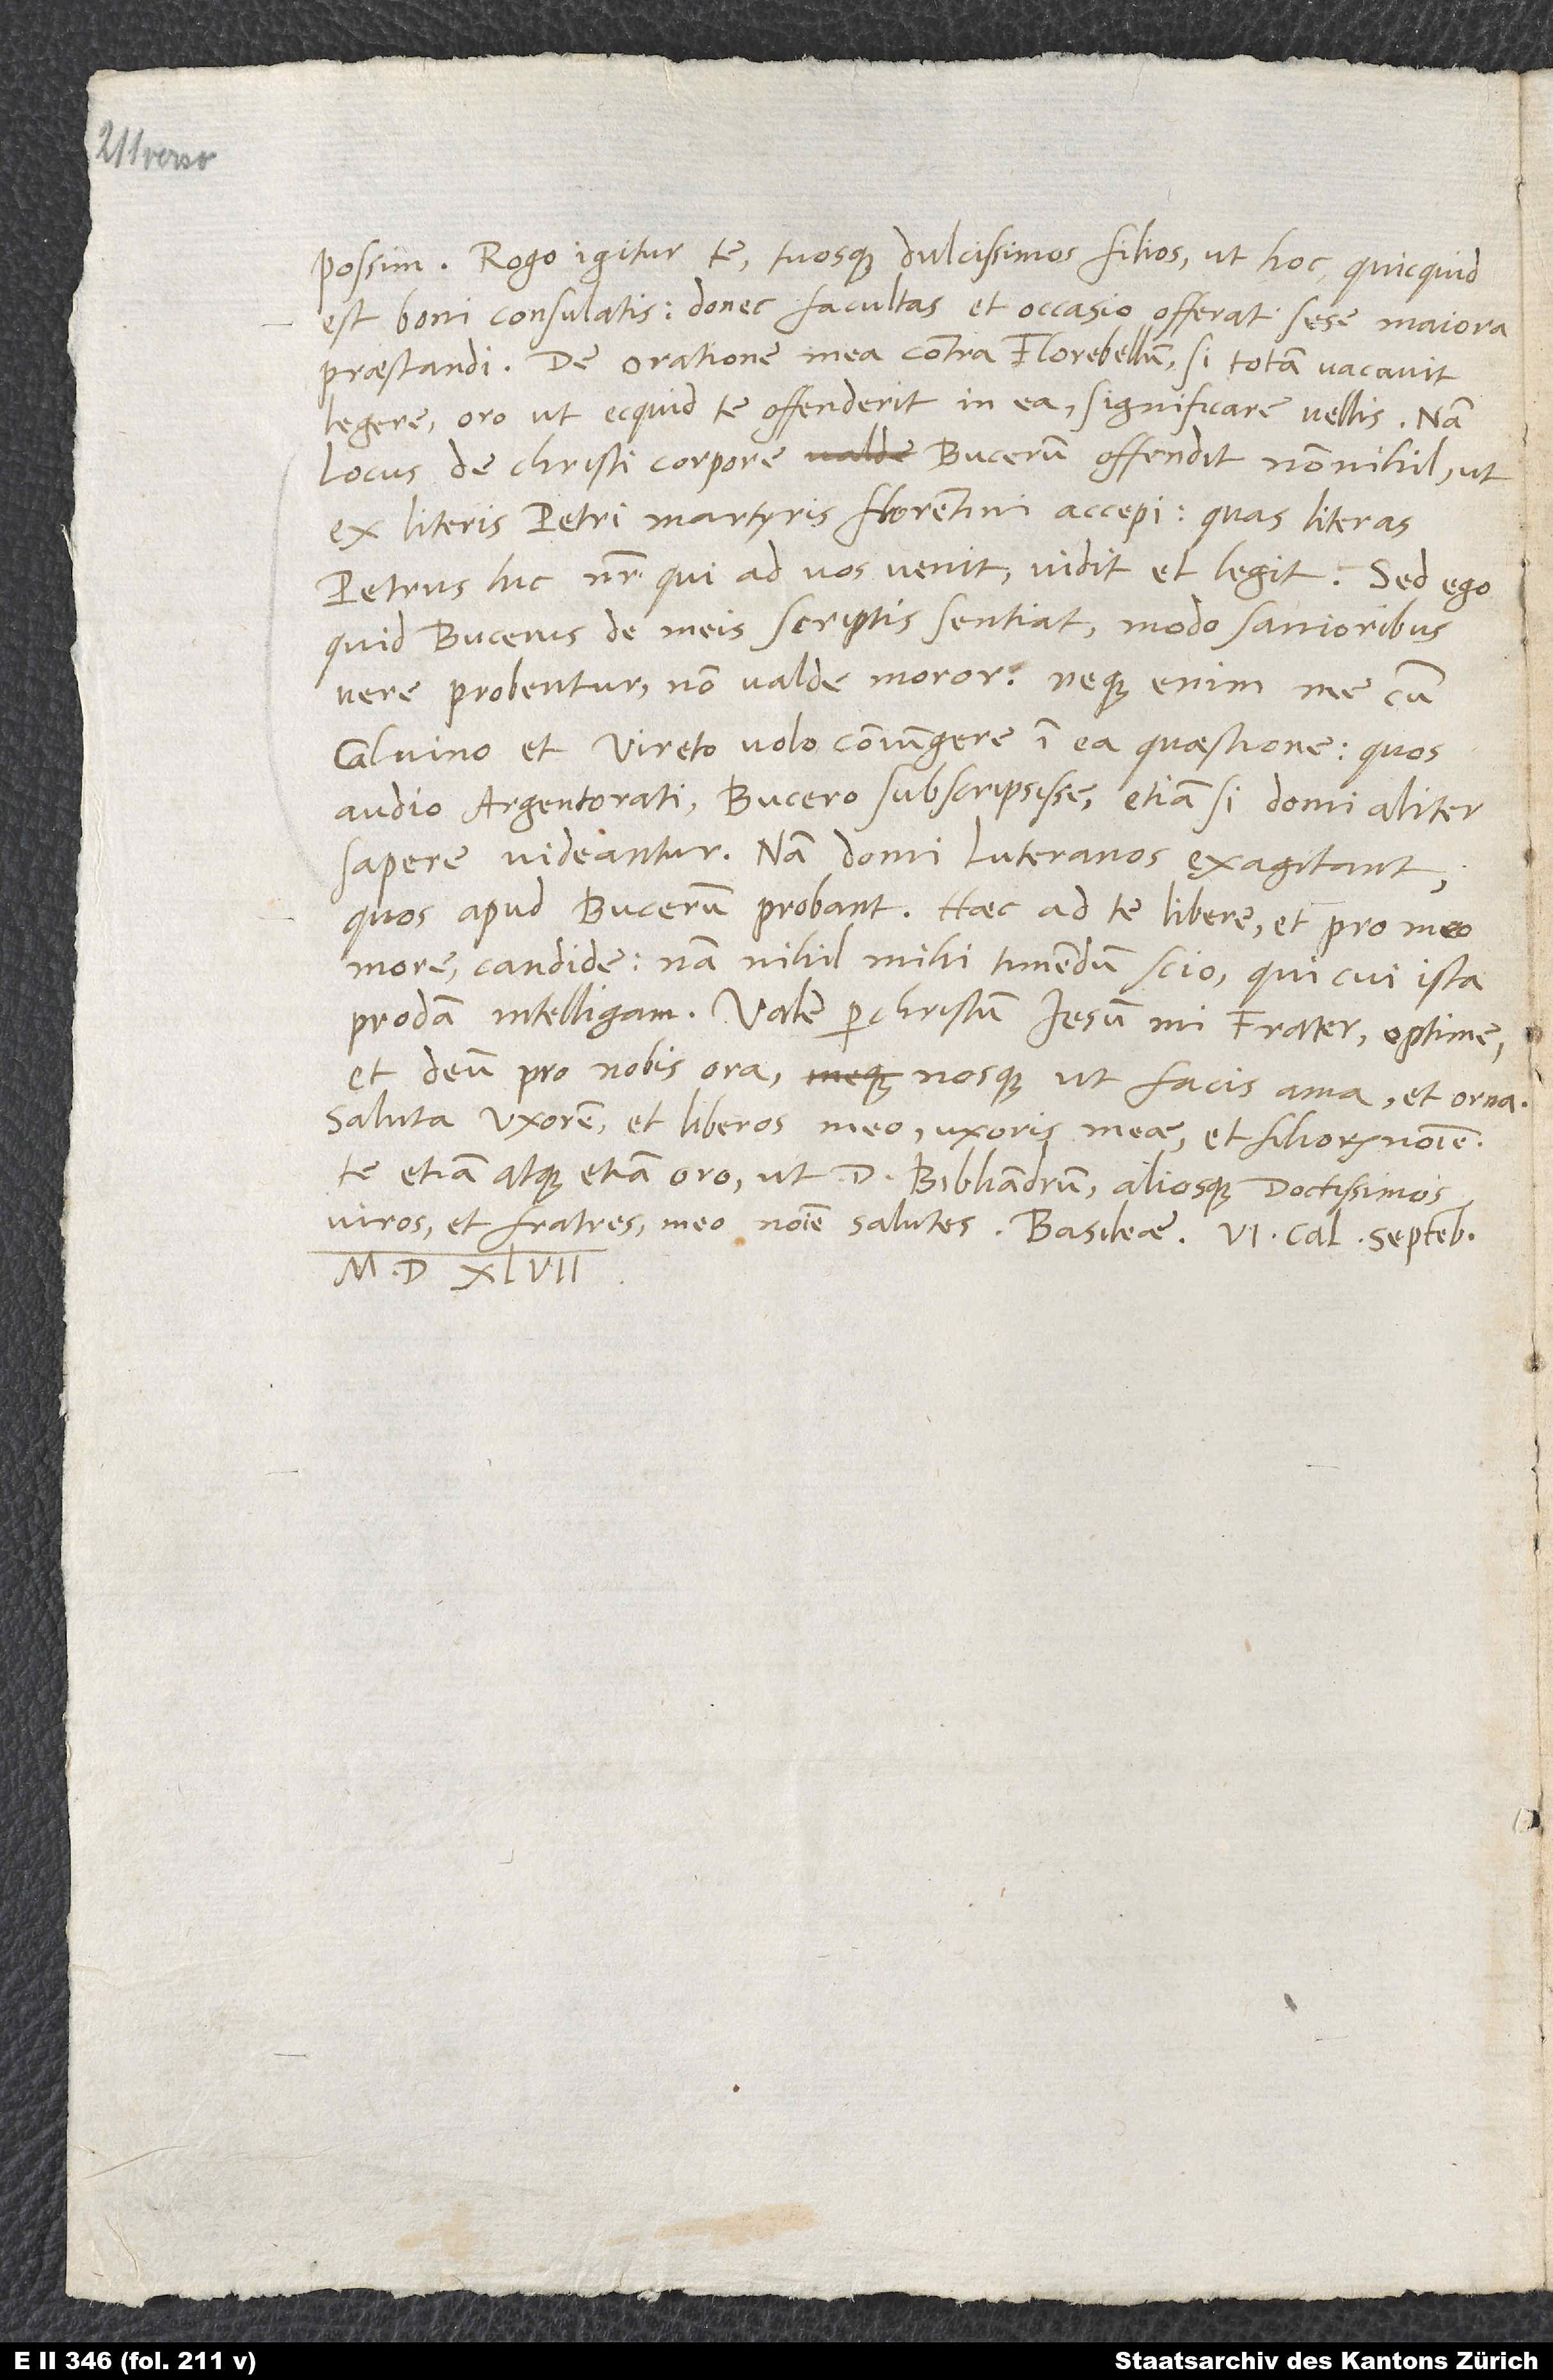
possim. Rogo igitur te tuosque dulcissimos filios, ut hoc, quicquid
est, boni consulatis, donec facultas et occasio offerat sese maiora
praestandi. De oratione mea contra Florebellum, si totam vacavit
legere, oro, ut, ecquid te offenderit in ea, significare vellis. Nam
locus de Christi corpore Bucerum offendit nonnihil, ut
ex literis Petri Martyris Florentini accepi, quas literas
Petrus hic noster, qui ad vos venit, vidit et legit. Sed ego,
quid Bucerus de meis scriptis sentiat, modo sanioribus
vere probentur, non valde moror. Neque enim me cum
Calvino et Vireto volo coniungere in ea quaestione, quos
audio Argentorati Bucero subscripsisse, etiamsi domi aliter
sapere videantur, nam domi Luteranos exagitant,
quos apud Bucerum probant. Haec ad te libere et pro meo
more candide. Nam nihil mihi timendum scio, qui, cui ista
prodam, intelligam. Vale per Christum Iesum, mi frater optime,
et deum pro nobis ora nosque, ut facis, ama et orna.
Saluta uxorem et liberos meo, uxoris meae et filiorum nomine.
Te etiam atque etiam oro, ut d. Bibliandrum aliosque doctissimos
viros et fratres meo nomine salutes. Basileae, 6. calendas septembris
1547.